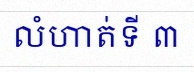
លំហាត់ទី ៣